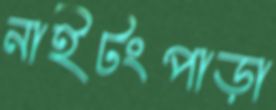
নাইটংপাড়া